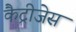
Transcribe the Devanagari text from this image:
कैट्रीजेस